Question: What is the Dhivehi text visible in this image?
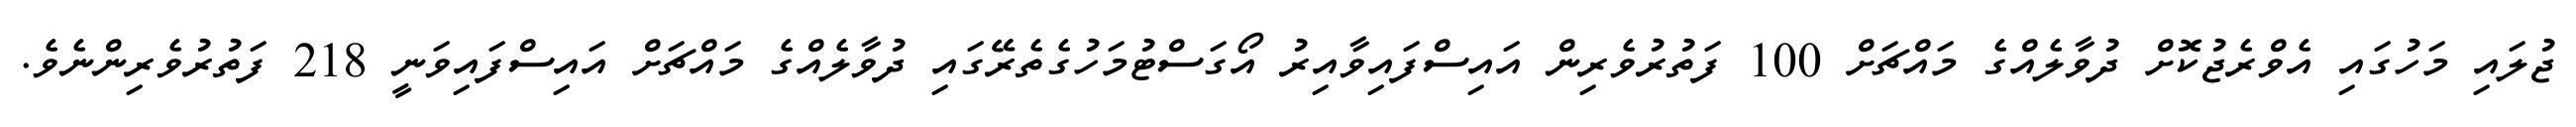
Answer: ޖުލައި މަހުގައި އެވްރެޖުކޮށް ދުވާލެއްގެ މައްޗަށް 100 ފަތުރުވެރިން އައިސްފައިވާއިރު އޯގަސްޓުމަހުގެތެރޭގައި ދުވާލެއްގެ މައްޗަށް އައިސްފައިވަނީ 218 ފަތުރުވެރިންނެވެ.